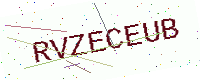
Text: RVZECEUB